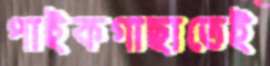
পাইকগাছাতেই